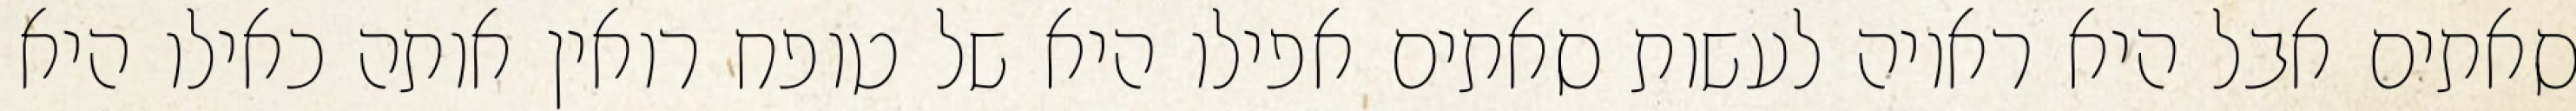
סאתים אבל היא ראויה לעשות סאתים אפילו היא של טופח רואין אותה כאילו היא